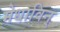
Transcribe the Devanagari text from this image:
मेधाविन्